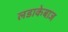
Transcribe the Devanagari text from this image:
लडाकेबाज